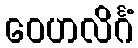
ဝေဟလိင်္ဂံ